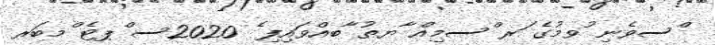
ްސވެނި ުވމުގެ ަރ ްސމިއް ާޔތު ާބއްވައިފި ެ 2020ސ ްޕޓެ ްމބަރ